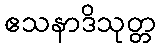
ဧသနာဒိသုတ္တ